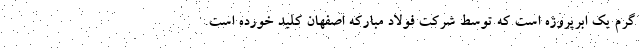
گرم یک ابرپروژه است که توسط شرکت فولاد مبارکه اصفهان کلید خورده است.